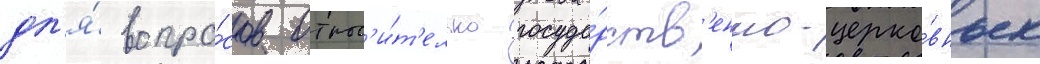
дл'я́ вопро́сов относ'и́т'ельно госуда́рств'енно-церко́вных